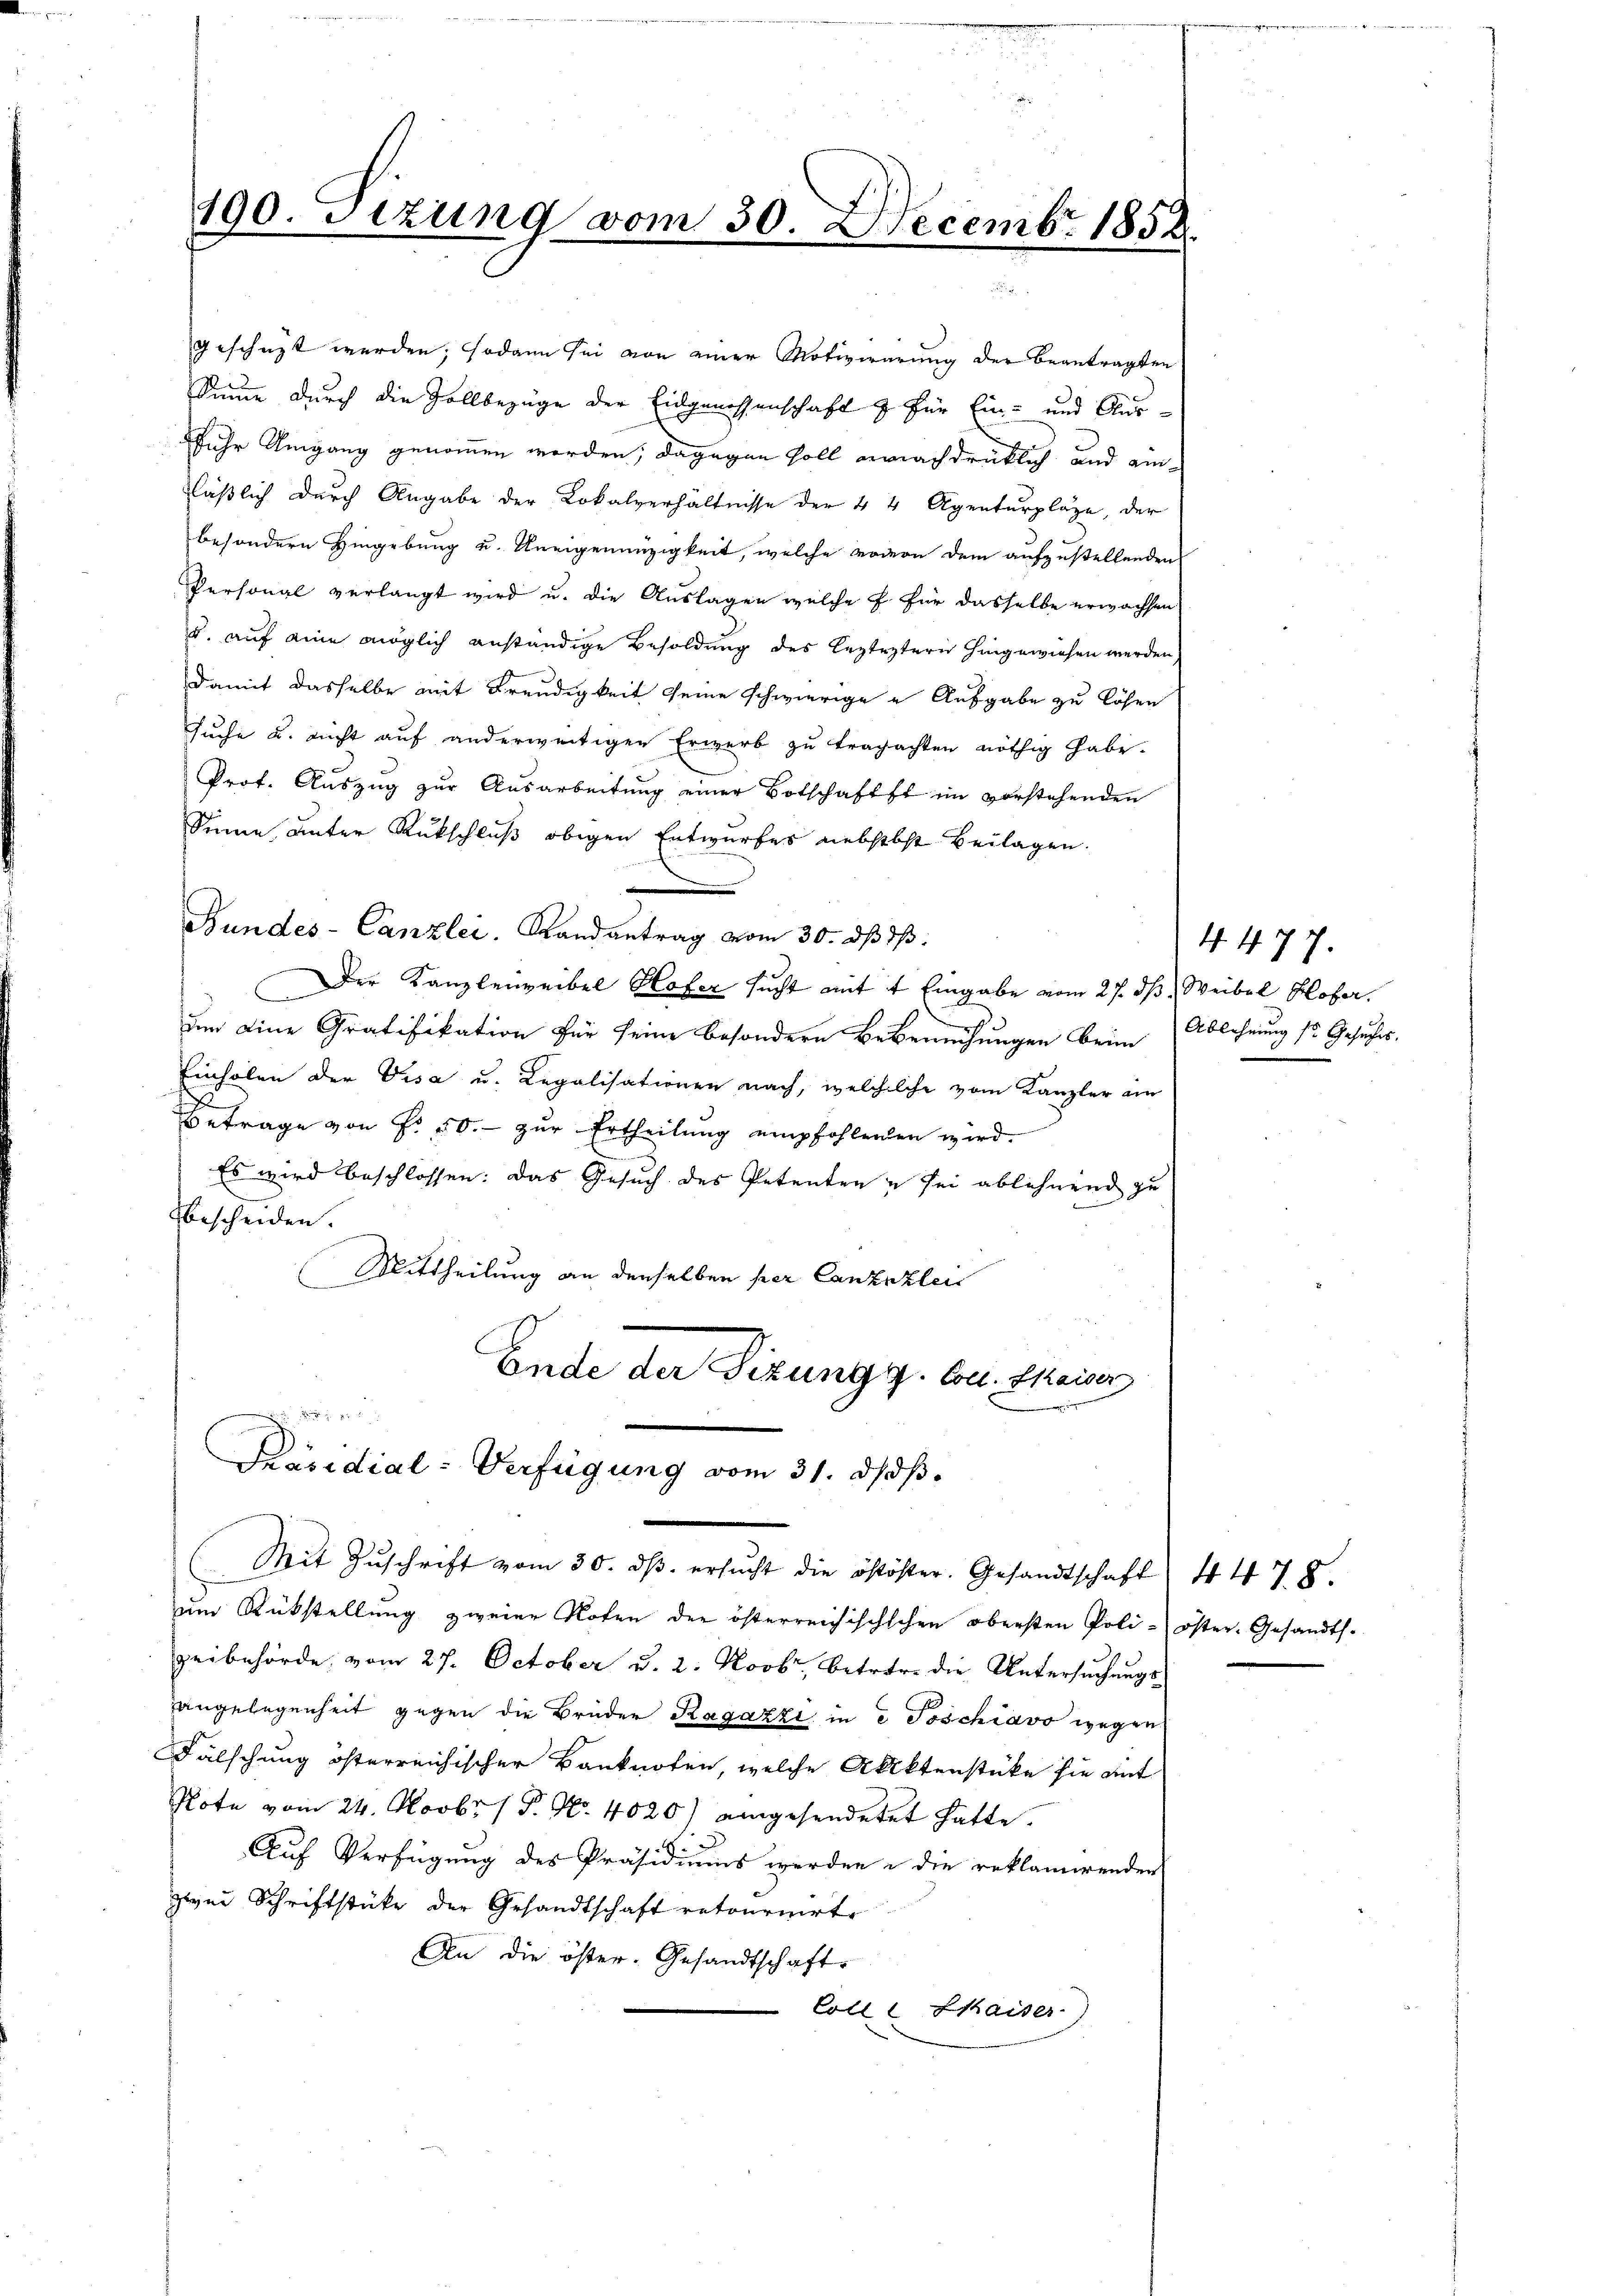
geschüzt werden; sodann sei von einer Motivierung der beantragten
Sinne durch die Zollbezüge der Eingenossenschaft & für Ein- und Ausfuhr Umgang genommen worden; dagegen soll ernachdrücklich und einläßlich durch Angabe der Lokalverhältnisse der 44 Agenturpläge, der
besondern Hingebung u. Aneigennüzigkeit, welche wovon dem aufzustellenden
Personal verlangt wird u. die Auslagen welche f. für dasselbe erwachsen
u. auf eine möglich anständige Besoldung des legtestern hingewiesen werden
Damit dasselbe mit Freudigkeit seine schwierige - Ausgabe zu lösen
suche u. nicht auf anderweitigen Erwerb zu tragachten nöthig habe.
Prof. Auszug zur Ausarbeitung einer Botschafts im vorstehenden
Sinne unter Rückschluß obigen Entwurfes nebstbst Beilagen.
Bundes-Canzlei. Randantrag vom 30. dβ d:
Der Kanzlei weibel Hofer sucht mit 4 Eingabe vom 27. dß. Weibel Hofer.
um eine Gratifikation für seine besondern Beberechungen beim Ablehnung so Gesuches.
Einholen der Visa u. Legalisationen nach, welchelche vom Kanzler am
Betrage von Fr. 50. - zur Ertheilung empfohlenden wird.
Es wird beschlossen: Das Gesuch des Petenten u sei ablehnend zu
bescheiden.
Mittheilung an denselben per Canzellen
Ende der Sizungg. Ce theien,

Präsidial-Verfügung vom 31. ds.

190. Sizung vom 30. Decemb. 1858

(Mit Zŭschrift vom 30. dβ. ersŭcht die östöster. Gesandtschaft

um Rückstellung zweier Roten der österreichischschen obersten Poli-öster- Gesandtszeibehörde vom 27. October u. 2. Novbr., betrer die Untersuchungs
angelegenheit gegen die Brüder Ragazzi in e Poschiavo wegen
Fälschung österreichischer Banknoten, welche Aktenstücke sie mit
Note vom 24. Novbr. / P. Nr. 4020) eingesendetet hatte.
3
Auf Verfügung des Präsidiums werden u die reklamirenden
zwei Schriftstücke der Gesandtschaft retournirt
An die öster. Gesandtschafte
Coll u Kaiser)

4. 477.

4. 478.